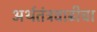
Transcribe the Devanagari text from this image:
अर्थतंत्रवाढीचा